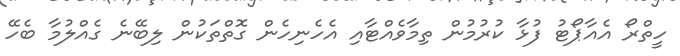
ހީތްރޯ އެއާޕޯޓު ފުޅާ ކުރުމުން ތިމާވެއްޓާއި އެހެނިހެން ގޮތްތަކުން ލިބޭނެ ގެއްލުމާ ބެހޭ